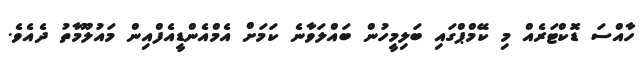
ހާއްސަ ޑޮކްޓަރެއް މި ކޭމްޕްގައި ބަލިމީހުން ބައްލަވާނެ ކަމަށް އެމްއެންޑީއެފްއިން މައުލޫމާތު ދެއެވެ.